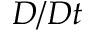
D / D t